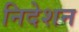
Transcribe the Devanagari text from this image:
निदेशन